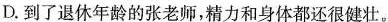
D.到了退休年龄的张老师，精力和身体都还很健壮。